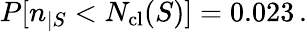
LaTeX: P[n_{|S}<N_{\mathrm{cl}}(S)]=0.023\, .